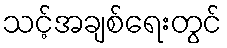
သင့်အချစ်ရေးတွင်